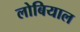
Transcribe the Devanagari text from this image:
लोबियाल